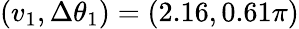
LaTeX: (v_{1},\Delta\theta_{1})=(2.16,0.61\pi)